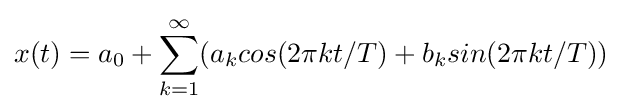
x(t)=a_{0}+\sum _{k=1}^{\infty }(a_{k}cos(2\pi kt/T)+b_{k}sin(2\pi kt/T))